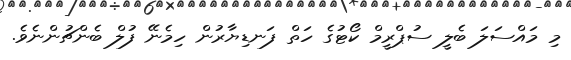
މި މައްސަލަ ބެލީ ސުޕްރީމް ކޯޓުގެ ހަތް ފަނޑިޔާރުން ހިމެނޭ ފުލް ބެންޗުންނެވެ.